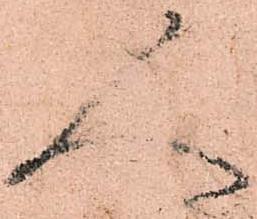
人